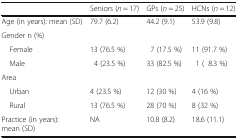
<table><thead><tr><td></td><td><b>Seniors (<i>n</i> = 17)</b></td><td><b>GPs (<i>n</i> = 25)</b></td><td><b>HCNs (<i>n</i> = 12)</b></td></tr></thead><tbody><tr><td>Age (in years): mean (SD)</td><td>79.7 (6.2)</td><td>44.2 (9.1)</td><td>53.9 (9.8)</td></tr><tr><td colspan="4">Gender n (%)</td></tr><tr><td> Female</td><td>13 (76.5 %)</td><td> 7 (17.5 %)</td><td>11 (91.7 %)</td></tr><tr><td> Male</td><td> 4 (23.5 %)</td><td>33 (82.5 %)</td><td> 1 ( 8.3 %)</td></tr><tr><td colspan="4">Area</td></tr><tr><td> Urban</td><td>4 (23.5 %)</td><td>12 (30 %)</td><td>4 (16 %)</td></tr><tr><td> Rural</td><td>13 (76.5 %)</td><td>28 (70 %)</td><td>8 (32 %)</td></tr><tr><td>Practice (in years): mean (SD)</td><td>NA</td><td>10.8 (8.2)</td><td>18.6 (11.1)</td></tr></tbody></table>